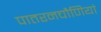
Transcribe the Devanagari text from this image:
पातरनचौणियां